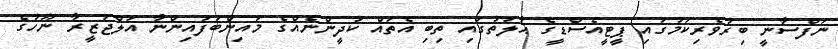
ނަފްސާނީ ބިރުވެރިކަމުގައި ޕީޓީއެސްޑީގެ ޙާލަތުގައި ތިބި އެތައް ކުދީންނެއްގެ މައިންބަފައިންނާ އަލްޖަޒީރާ ނޫހުގެ